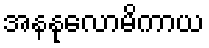
အနနုလောမိကာယ